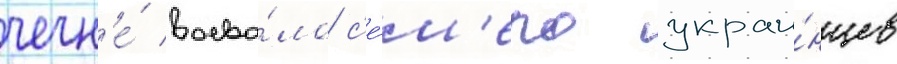
чечн'е́ воева́ло с'е́м'еро украи́нцев